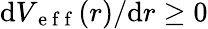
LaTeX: \mathrm{d}V_{\mathrm{{~e~f~f~}}}(r)/\mathrm{d}r\ge0